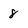
Character: 8